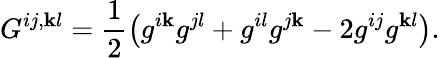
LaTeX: G^{ij,\mathbf{k}l}=\frac{{1}}{{2}}\left(g^{i\mathbf{k}}g^{jl}+g^{il}g^{j\mathbf{k}}-2g^{ij}g^{\mathbf{k}l}\right).